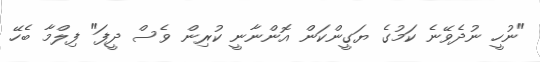
"ނުހީ ނުދެވޭނެ ކަމުގެ ޔަގީންކަން އޮންނާނީ ކުރިން ވެސް ދީފަ" ފިލްމާ ބެހޭ